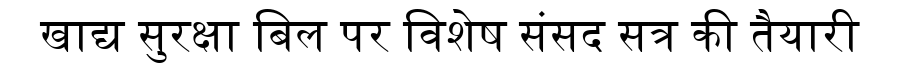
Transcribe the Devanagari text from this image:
खाद्य सुरक्षा बिल पर विशेष संसद सत्र की तैयारी